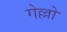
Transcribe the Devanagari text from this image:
गेल्लो